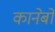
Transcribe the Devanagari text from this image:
कानेबो